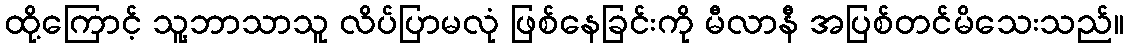
ထို့ကြောင့် သူ့ဘာသာသူ လိပ်ပြာမလုံ ဖြစ်နေခြင်းကို မီလာနီ အပြစ်တင်မိသေးသည်။